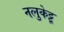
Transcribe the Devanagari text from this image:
नलुकेट्टू